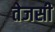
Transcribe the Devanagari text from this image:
तेजसी